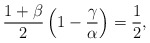
\begin{align*}\frac{1+\beta}{2}\left(1- \frac{\gamma}{\alpha}\right) = \frac{1}{2},\end{align*}